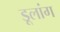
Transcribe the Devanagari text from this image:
डूलांग